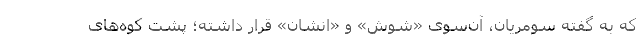
که به گفته سومریان، آن‌سوی «شوش» و «اَنشان» قرار داشته؛ پشت کوه‌های